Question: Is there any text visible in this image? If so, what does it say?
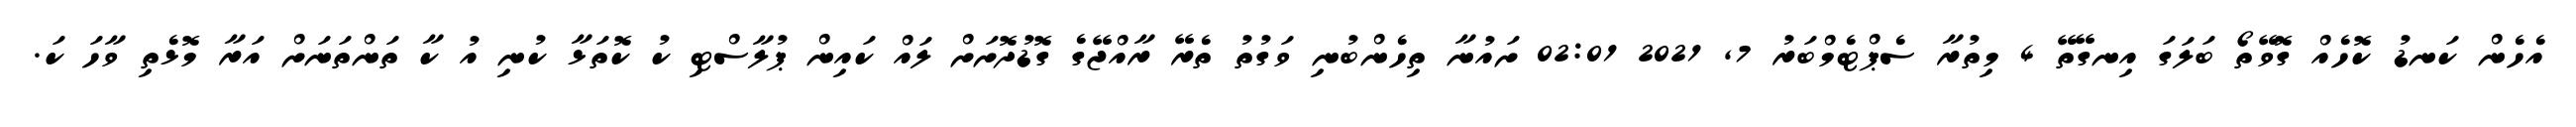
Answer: އެހެން ކަނޑު ކޮހެއް ގޮވޭތޯ ބަލަގަ އިނގޭތޭ 4 މިތުރާ ސެޕްޓެމްބަރު 7, 2021 02:01 ށައުނާ ތިހެންބުނި ވަގުތު ތެރޭ ރާއްޖޭގެ ގޮޑުދޮށަށް ލައް ކައިން ޕުލާސްޓި ކު ކޮތަޅާ ކުނި އު ކާ ތަންތަނަށް އަރާ މޮޅެތި ވާހަ ކަ.